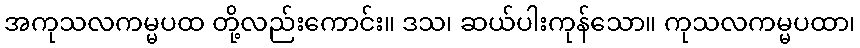
အကုသလကမ္မပထ တို့လည်းကောင်း။ ဒသ၊ ဆယ်ပါးကုန်သော။ ကုသလကမ္မပထာ၊